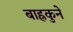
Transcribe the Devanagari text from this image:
बाह्रकुने